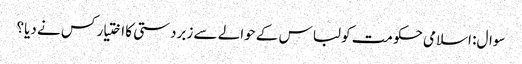
سوال: اسلامی حکومت کو لباس کے حوالے سے زبردستی کا اختیار کس نے دیا؟